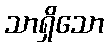
သာရှိသော